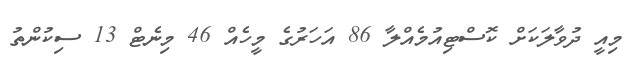
މިއީ ދުވާލަކަށް ކޮސްޓިއުމެއްލާ 86 އަހަރުގެ މީހެއް 46 މިނެޓް 13 ސިކުންތު